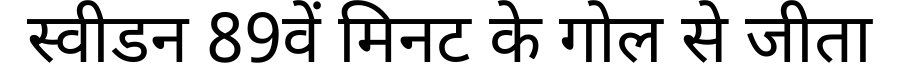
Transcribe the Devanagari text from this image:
स्वीडन 89वें मिनट के गोल से जीता